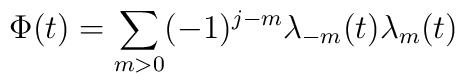
\Phi(t)=\sum_{m>0} (-1)^{j-m} \lambda_{-m}(t) \lambda_m(t)